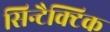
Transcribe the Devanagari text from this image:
सिन्टैक्टिक